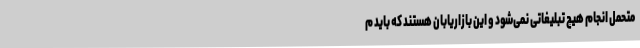
متحمل انجام هیچ تبلیغاتی نمی‌شود و این بازاریابان هستند که باید م